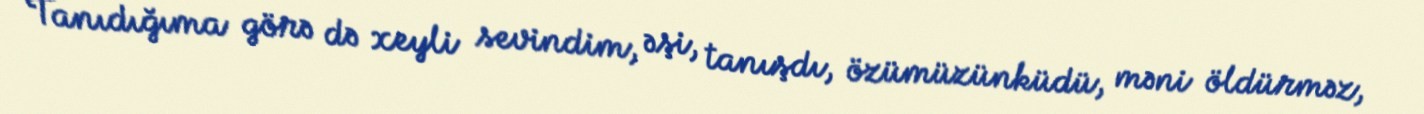
Tanıdığıma görə də xeyli sevindim, əşi, tanışdı, özümüzünküdü, məni öldürməz,